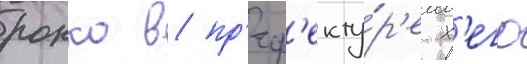
рокко в пр'еф'екту́р'е х'его